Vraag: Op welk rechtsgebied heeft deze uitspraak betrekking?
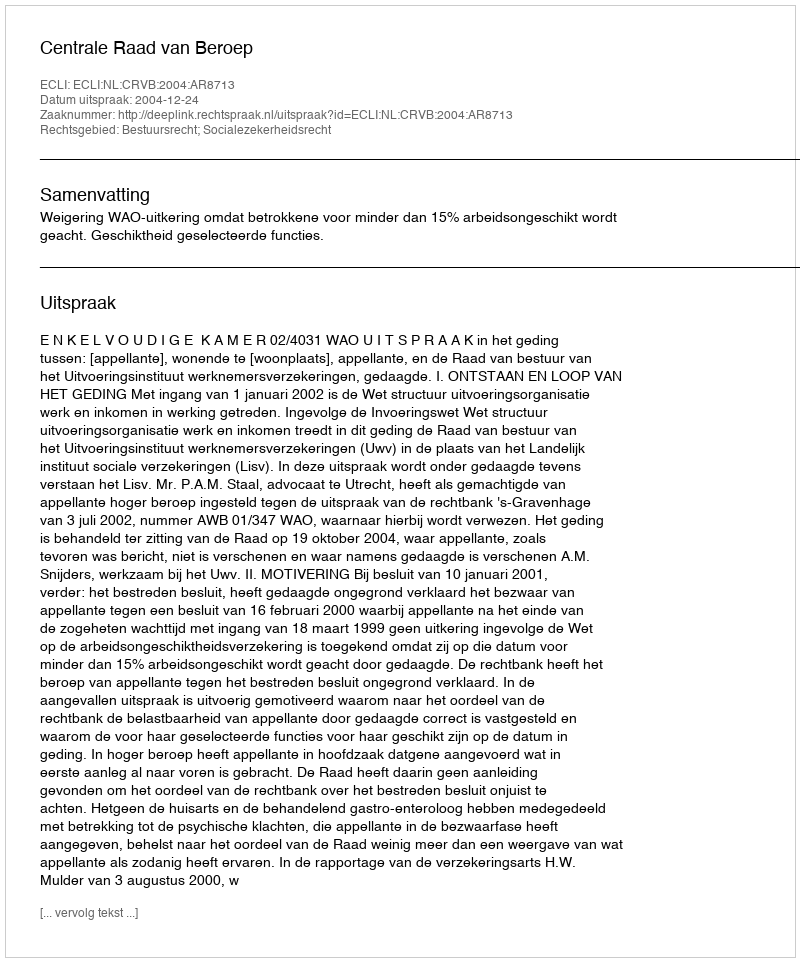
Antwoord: Bestuursrecht; Socialezekerheidsrecht